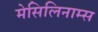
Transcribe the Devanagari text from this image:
मेसिलिनाम्स